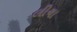
લીચા